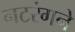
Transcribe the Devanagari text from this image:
नटरंगने